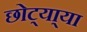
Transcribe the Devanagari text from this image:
छोट्या्या